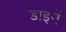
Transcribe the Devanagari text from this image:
डाइनें